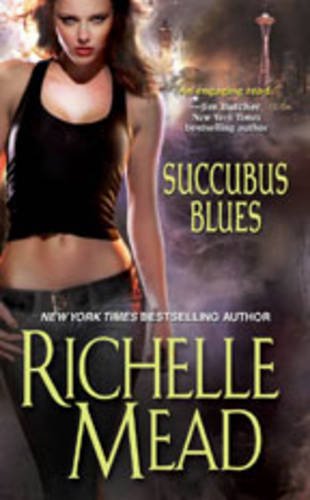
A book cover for Succubus Blues (Georgina Kincaid); Richelle Mead; Science Fiction & Fantasy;